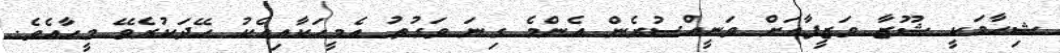
ޝިހާމަކީ ޝޫޒާ ވަޒީފާއަށް ވަނީއްސުރެން އެންމެ ގިނަ ވަގުތު އެމީހަކާއިއެކު ހޭދަކުރެވޭ މީހާއެވެ.